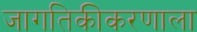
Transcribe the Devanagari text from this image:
जागतिकीकरणाला